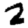
Digit: 2